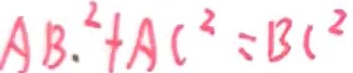
A B \cdot ^ { 2 } + A C ^ { 2 } = B C ^ { 2 }